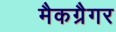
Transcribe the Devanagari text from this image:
मैकग्रैगर